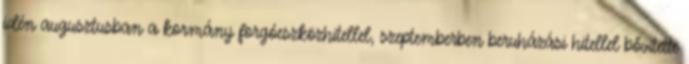
idén augusztusban a kormány forgóeszközhitellel, szeptemberben beruházási hitellel bővítette